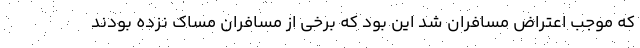
که موجب اعتراض مسافران شد این بود که برخی از مسافران مساک نزده بودند